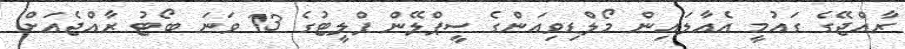
ރާއްޖޭގެ ގައުމީ އެއާލައިން މޯލްޑިވިއަންގެ ސީޕްލޭން ފްލީޓުގެ 13 ވަނަ ބޯޓު ރާއްޖެއަށް